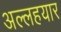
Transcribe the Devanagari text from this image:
अल्लहयार